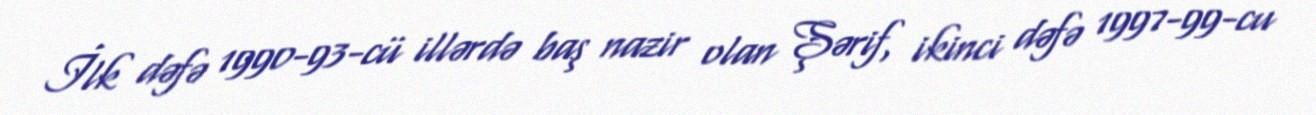
İlk dəfə 1990-93-cü illərdə baş nazir olan Şərif, ikinci dəfə 1997-99-cu